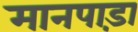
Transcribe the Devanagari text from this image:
मानपाड़ा